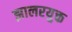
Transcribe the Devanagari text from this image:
झालरयुक्त